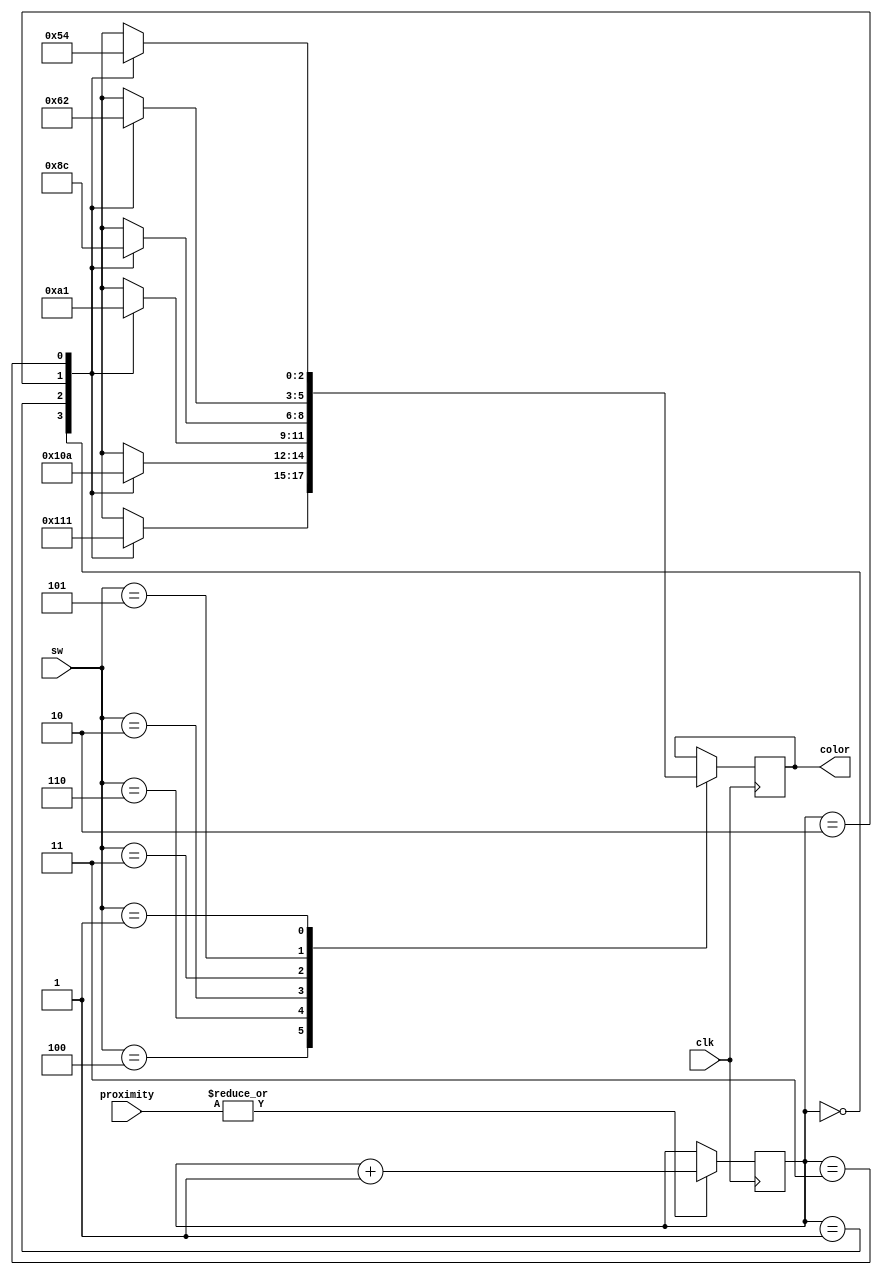
module planB(
input clk,
input [2:0] sw,
input [1:0] proximity,
output reg [2:0] color
);

//local regs
reg [1:0] count;
//assign count = (proximity) ? count + 1 : count;

always @ (posedge clk)
begin
	count <= (|proximity[1:0]) ? count + 1 : count;
	
	case(sw[2:0])
	3'b100: //station order R, G, B.
	begin
		case(count)
		0: color <= 3'b000;
		1: color <= 3'b100;
		2: color <= 3'b010;
		3: color <= 3'b001;
		endcase
	end
	3'b110: //station order R, B, G.
	begin
		case(count)
		0: color <= 3'b000;
		1: color <= 3'b100;
		2: color <= 3'b001;
		3: color <= 3'b010;
		endcase
		end
	3'b010: //station order G, R, B.
	begin
		case(count)
		0: color <= 3'b000;
		1: color <= 3'b010;
		2: color <= 3'b100;
		3: color <= 3'b001;
		endcase
	end	
	3'b011: //station order G, B, R.
	begin
		case(count)
		0: color <= 3'b000;
		1: color <= 3'b010;
		2: color <= 3'b001;
		3: color <= 3'b100;
		endcase
	end
	3'b101: //station order B, R, G.
	begin
		case(count)
		0: color <= 3'b000;
		1: color <= 3'b001;
		2: color <= 3'b100;
		3: color <= 3'b010;
		endcase
	end		
	3'b001: //station order B, G, R.
	begin
		case(count)
		0: color <= 3'b000;
		1: color <= 3'b001;
		2: color <= 3'b010;
		3: color <= 3'b100;
		endcase
	end	
	endcase
end

endmodule